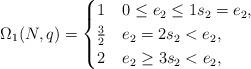
LaTeX: \begin{align*}\Omega_1(N, q)=\begin{cases}1 & 0\leq e_2 \leq 1 s_2=e_2, \\\frac{3}{2} & e_2=2 s_2 < e_2, \\2 & e_2\geq 3 s_2 < e_2,\end{cases}\end{align*}